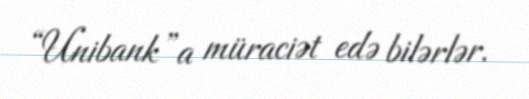
“Unibank”a müraciət edə bilərlər.